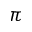
\pi